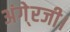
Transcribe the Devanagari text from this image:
अंगे्रजी।